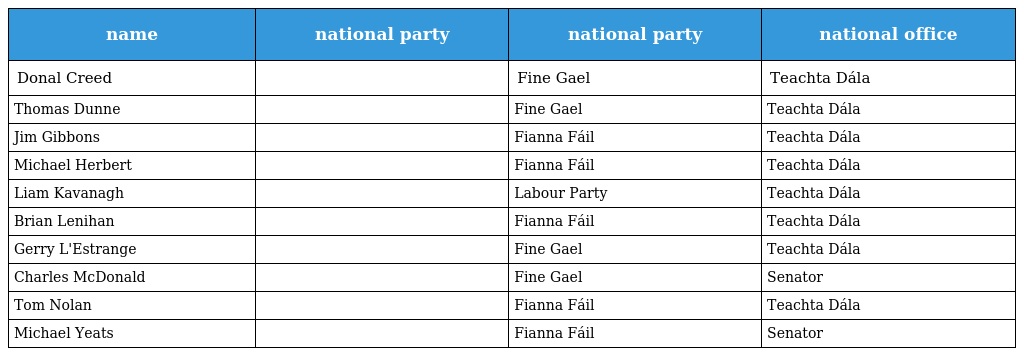
| name | national party | national party | national office |
 | --- | --- | --- | --- |
 | Donal Creed |  | Fine Gael | Teachta Dála |
 | Thomas Dunne |  | Fine Gael | Teachta Dála |
 | Jim Gibbons |  | Fianna Fáil | Teachta Dála |
 | Michael Herbert |  | Fianna Fáil | Teachta Dála |
 | Liam Kavanagh |  | Labour Party | Teachta Dála |
 | Brian Lenihan |  | Fianna Fáil | Teachta Dála |
 | Gerry L'Estrange |  | Fine Gael | Teachta Dála |
 | Charles McDonald |  | Fine Gael | Senator |
 | Tom Nolan |  | Fianna Fáil | Teachta Dála |
 | Michael Yeats |  | Fianna Fáil | Senator |